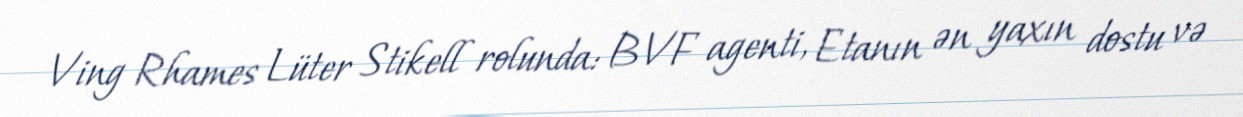
Ving Rhames Lüter Stikell rolunda: BVF agenti, Etanın ən yaxın dostu və